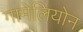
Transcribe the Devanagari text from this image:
गामेलियोन